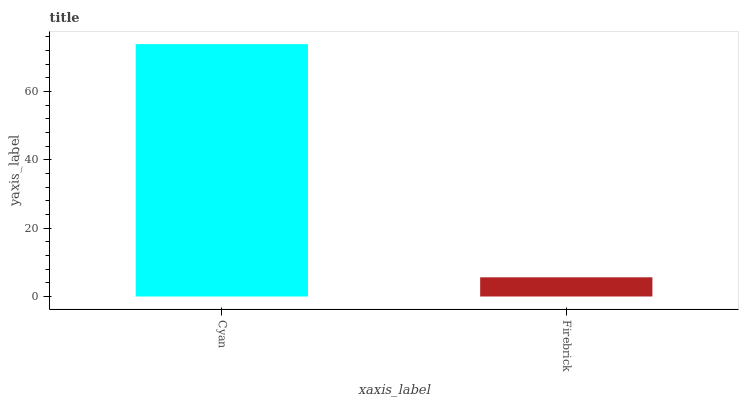
| xaxis_label | bars |
 | --- | --- |
 | Cyan | 73.9 |
 | Firebrick | 5.62 |